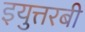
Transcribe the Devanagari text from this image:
इयुत्तरबी